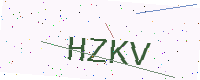
Text: HZKV